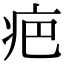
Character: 疤